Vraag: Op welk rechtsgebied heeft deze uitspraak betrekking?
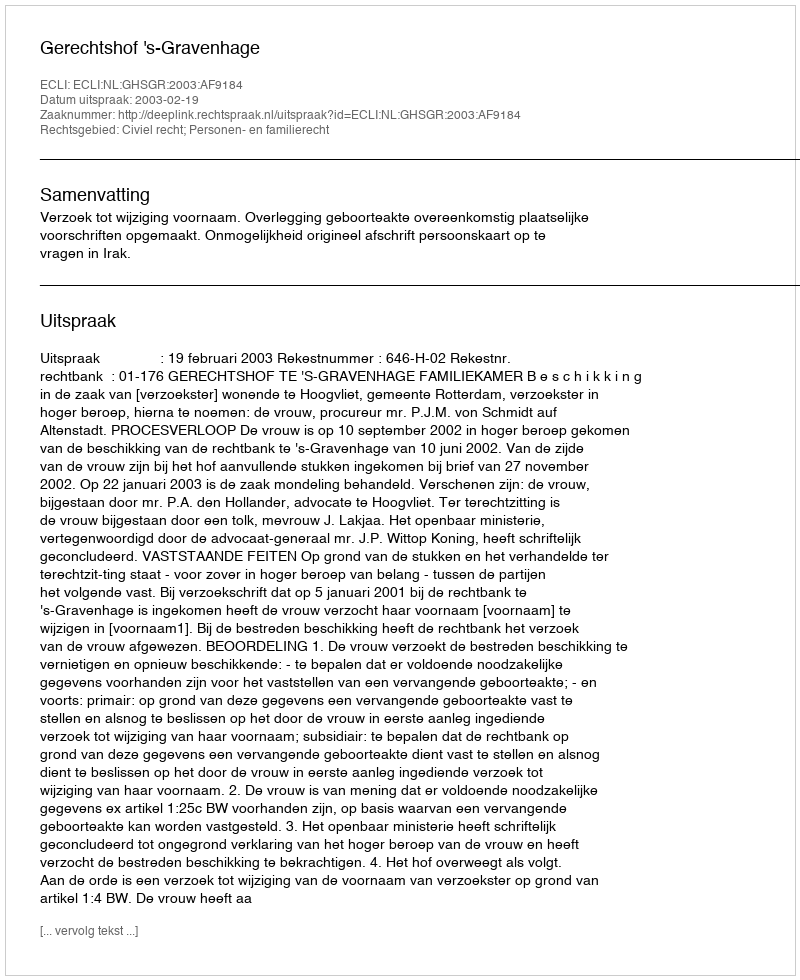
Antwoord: Civiel recht; Personen- en familierecht